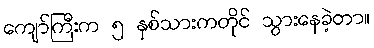
ကျော်ကြီးက ၅ နှစ်သားကတိုင် သွားနေခဲ့တာ။